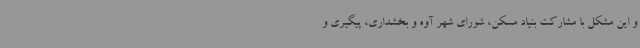
و این مشکل با مشارکت بنیاد مسکن، شورای شهر آوه و بخشداری، پیگیری و